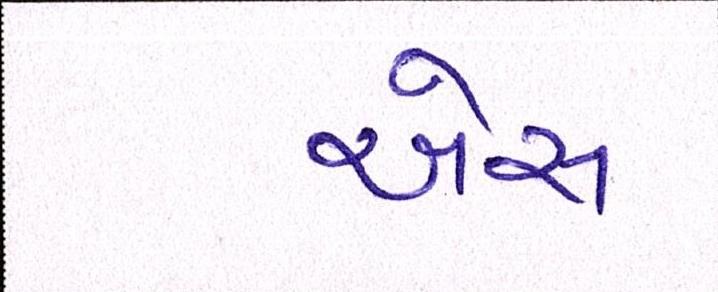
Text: એસ